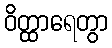
ဝိတ္ထာရေတွာ